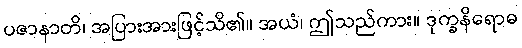
ပဇာနာတိ၊ အပြားအားဖြင့်သိ၏။ အယံ၊ ဤသည်ကား။ ဒုက္ခနိရောဓ